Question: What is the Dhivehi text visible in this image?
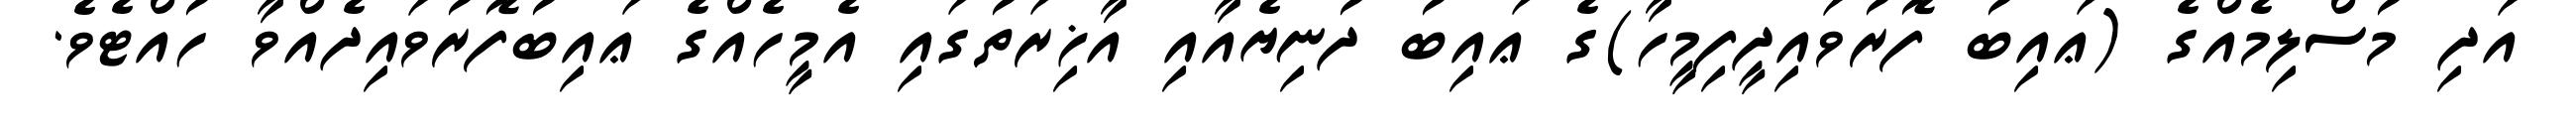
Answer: އަދި މުސްލިމެއްގެ (ޢައިބު ފޮރުވައިދީފިމީހާ)ގެ ޢައިބު ދުނިޔެއާއި އާޚިރަތުގައި އެމީހެއްގެ ޢައިބުފޮރުވައިދެއްވާ ހުއްޓެވެ.